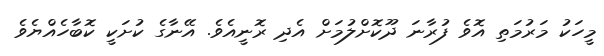
މީހަކު މަރުމަތި އޮވެ ފުރާނަ ދޫކޮށްލުމަށް އެދި ރޮނީއެވެ. އޭނާގެ ކުށަކީ ކޮބާހެއްޔެވެ